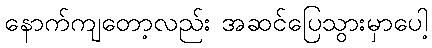
နောက်ကျတော့လည်း အဆင်ပြေသွားမှာပေါ့